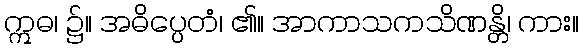
ဣဓ၊ ၌။ အဓိပ္ပေတံ၊ ၏။ အာကာသကသိဏန္တိ၊ ကား။